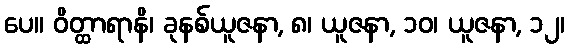
ပေ။ ဝိတ္ထာရာနိ၊ ခုနစ်ယူဇနာ, ၈၊ ယူဇနာ, ၁၀၊ ယူဇနာ, ၁၂၊